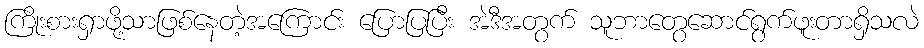
ကြိုးစားရှာဖို့သာဖြစ်နေတဲ့အကြောင်း ပြောပြပြီး အဲဒီအတွက် သူဘာတွေဆောင်ရွက်ဖူးတာရှိသလဲ